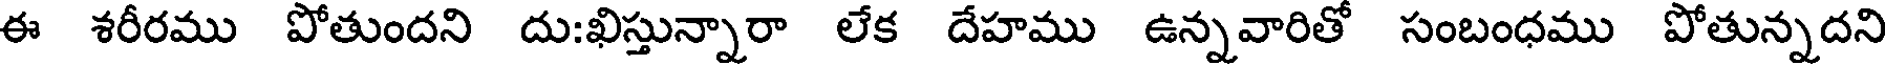
ఈ శరీరము పోతుందని దు:ఖిస్తున్నారా లేక దేహము ఉన్నవారితో సంబంధము పోతున్నదని